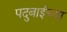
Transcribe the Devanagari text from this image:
पदुबाईच्या